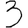
Digit: 3